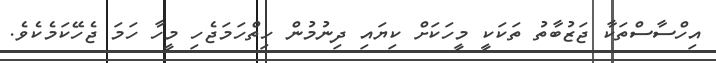
އިހްސާސްތަކާ ޖަޒުބާތު ތަކަކީ މީހަކަށް ކިޔައި ދިނުމުން ހިތްހަމަޖެހި މީހާ ހަމަ ޖެހޭކަމެކެވެ.